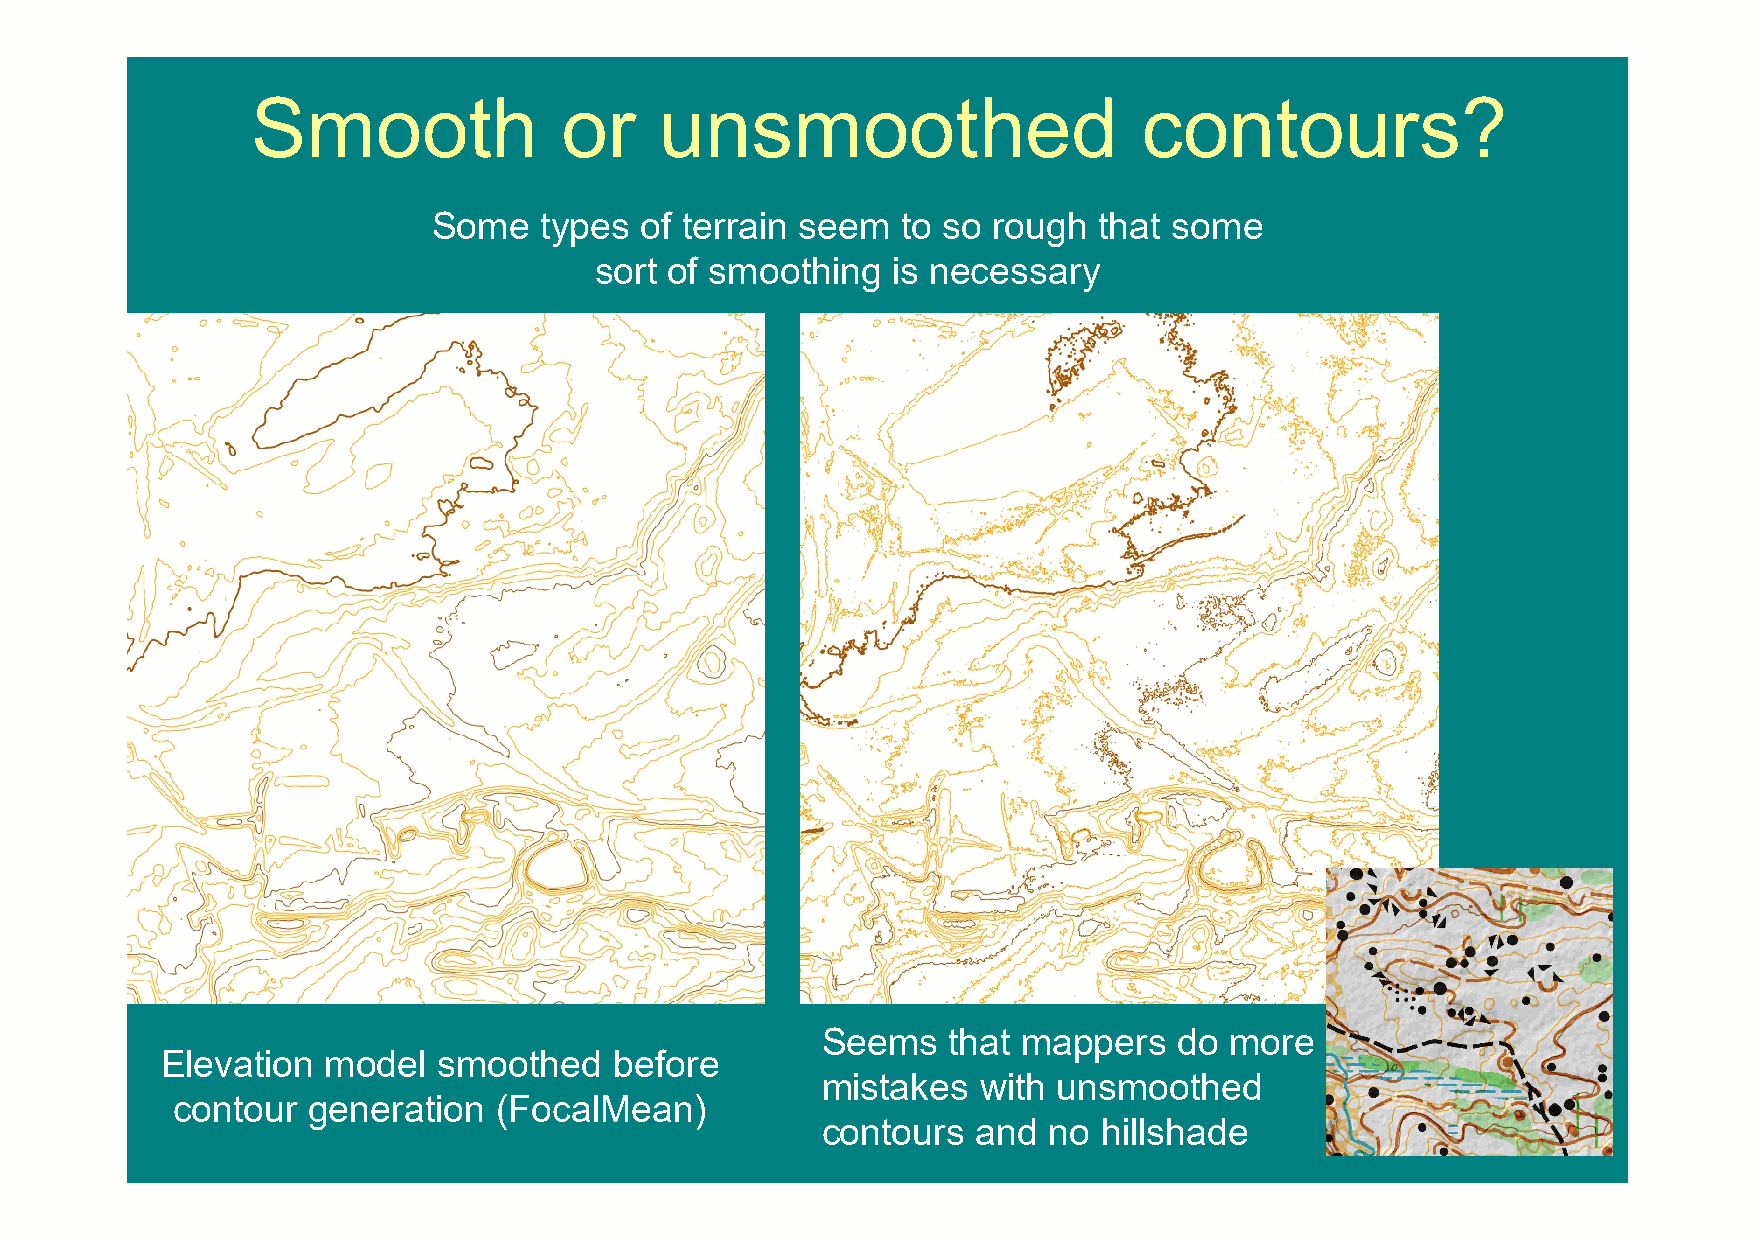
Smooth              or     unsmoothed                      contours?
 Some   types of terrain seem   to so rough  that some
 sort of smoothing   is necessary
 Seems    that mappers   do more
 Elevation  model  smoothed    before
 mistakes   with unsmoothed
 contour  generation   (FocalMean)
 contours   and no  hillshade